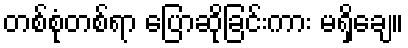
တစ်စုံတစ်ရာ ပြောဆိုခြင်းကား မရှိချေ။